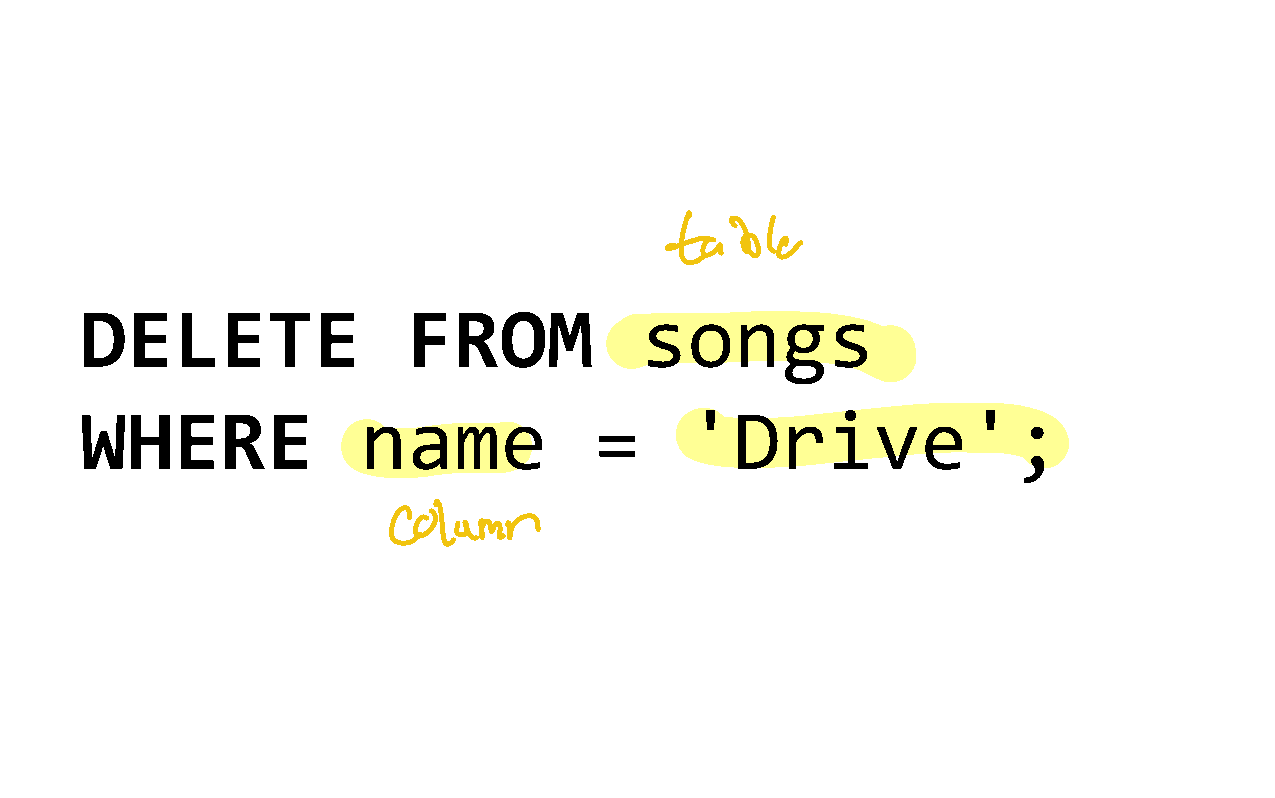
DELETE                FROM           songs
 WHERE              name           =     'Drive';